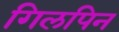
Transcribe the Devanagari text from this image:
गिलपिन